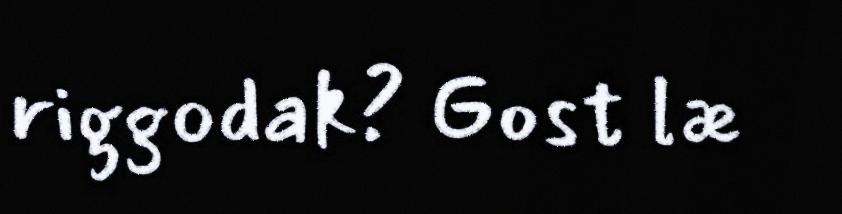
riggodak? Gost læ